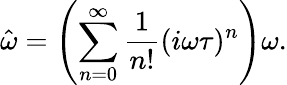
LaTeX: \hat{\omega}=\left(\sum_{n=0}^{\infty}\frac{1}{n!}(i\omega\tau)^{n}\right)\omega.